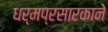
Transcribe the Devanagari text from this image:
धर्मप्रसारकाने